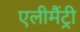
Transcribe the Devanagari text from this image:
एलीमैंट्री